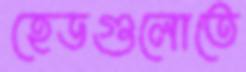
হেডগুলোতে